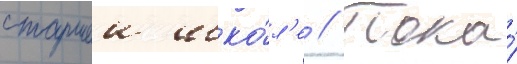
старшеи шко́л'е // Пока́